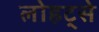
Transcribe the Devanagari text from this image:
लोहट्से